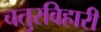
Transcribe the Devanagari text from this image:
चतुरविहारी